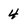
Character: 4